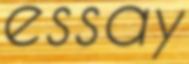
essay